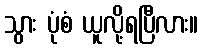
သွား ပုံစံ ယူလို့ရပြီလား။